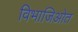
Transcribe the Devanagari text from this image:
विभाजिओत